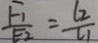
\frac { F _ { 1 } } { E _ { 2 } } = \frac { l _ { 2 } } { l _ { 1 } }